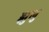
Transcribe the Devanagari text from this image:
झुलु